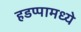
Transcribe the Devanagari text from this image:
हडप्पामध्ये